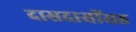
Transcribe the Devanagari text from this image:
दासदासींसह